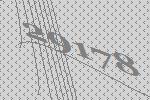
29178